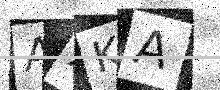
Text: AXKA